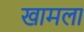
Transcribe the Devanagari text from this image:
खामला